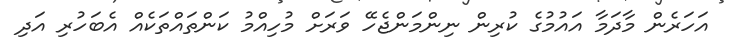
އަހަރެން މާދަމާ އައުމުގެ ކުރިން ނިންމަންޖެހޭ ވަރަށް މުހިއްމު ކަންތައްތަކެއް އެބަހުރި އަދި